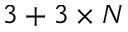
3 + 3 \times N